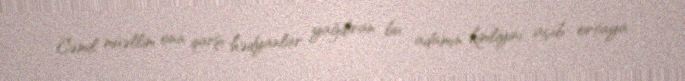
Cəmil müəllim ona qarşı hədyanlar yağdıran bu adamın kimliyini açıb ortaya